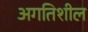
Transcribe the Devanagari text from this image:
अगतिशील